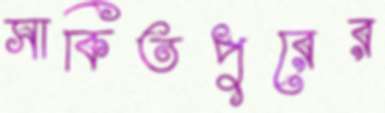
সাকিতপুরের